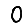
Digit: 0